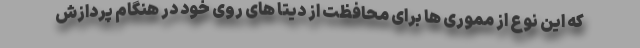
که این نوع از مموری ها برای محافظت از دیتا های روی خود در هنگام پردازش